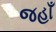
જહાઁ